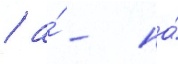
/ а́ - на́